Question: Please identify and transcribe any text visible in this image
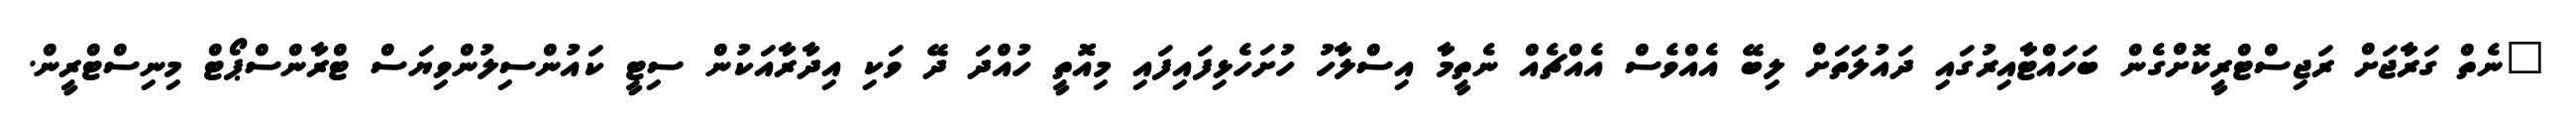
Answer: "ނެތް ގަރާޖަށް ރަޖިސްޓްރީކޮށްގެން ބަހައްޓާއިރުގައި ދައުލަަތަށް ލިބޭ އެއްވެސް އެއްޗެއް ނެތީމާ އިސްލާހު ހުށަހެޅިފައިފައި މިއޮތީ ހުއްދަ ދޭ ވަކި އިދާރާއަކުން ސިޓީ ކައުންސިލުންވިޔަސް ޓްރާންސްޕޯޓް މިނިސްޓްރީން.